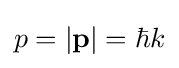
p=|\mathbf {p} |=\hbar k